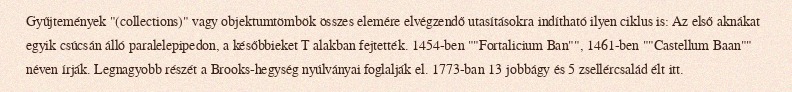
Gyűjtemények "(collections)" vagy objektumtömbök összes elemére elvégzendő utasításokra indítható ilyen ciklus is: Az első aknákat egyik csúcsán álló paralelepipedon, a későbbieket T alakban fejtették. 1454-ben ""Fortalicium Ban"", 1461-ben ""Castellum Baan"" néven írják. Legnagyobb részét a Brooks-hegység nyúlványai foglalják el. 1773-ban 13 jobbágy és 5 zsellércsalád élt itt.